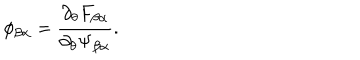
\phi _ { \beta \alpha } = \frac { \partial _ { \theta } F _ { \beta \alpha } } { \partial _ { \theta } \Psi _ { \beta \alpha } } .